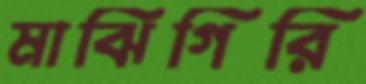
মাঝিগিরি